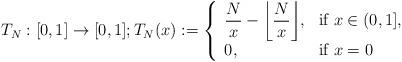
LaTeX: \begin{align*} T_N:[0, 1] \rightarrow [0, 1]; T_{N}(x):=\left\{\begin{array}{ll}{\displaystyle \frac{N}{x}- \left\lfloor\frac{N}{x}\right\rfloor},&{ \mbox{if } x \in (0, 1],}\\0,& \mbox{if }x=0\end{array}\right.\end{align*}